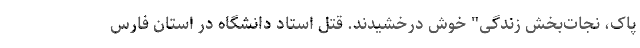
پاک، نجات‌بخش زندگی" خوش درخشیدند. قتل استاد دانشگاه در استان فارس